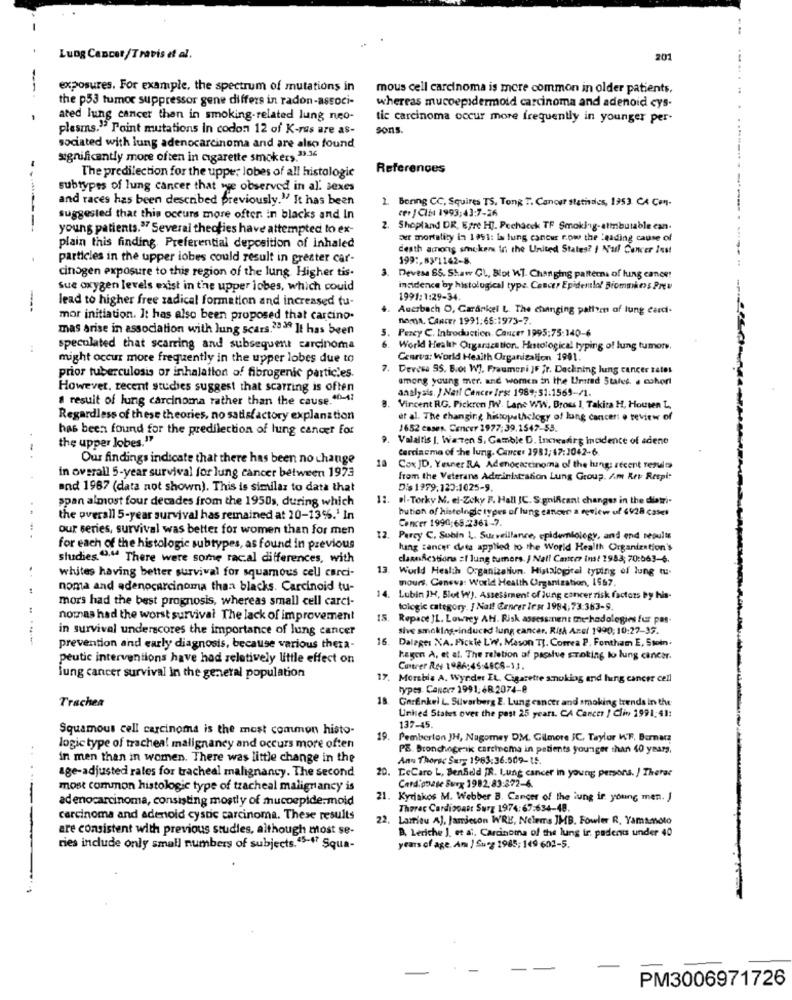
Lung Cancer/Travis et al.
201
exposures. For example, the spectrum of mutations in
mous cell carcinoma is more common in older patients,
the p53 tumor suppressor gene differs in radon-associ-
whereas mucoepidermoid carcinoma and adenoid cys-
ated lung cancer then in smoking-related lung neo-
tic carcinoma occur more frequently in younger per-
plasms." Paint mutations In codon 12 of K-ras are as-
sons.
sociated with lung adenocarcinoma and are also found
significantly more often in cigarette smokers.33-34
References
The predilection for the upper lobes of all histologic
subtypes of lung cancer that we observed in al. sexes
and races has been described previously." It has been
1. Boning CC, Squires TS, Tong T. Cancer stativdies, 1953. CA Con.
cer / CIN 1993;43:7-26
suggested that this occurs more ofter. in blacks and In
young patients."" Several theofies have attempted to ex-
2
Shopland DR. Epre Hj. Pechacek TF Smoking-attributable can.
-------
ær mortality in 1991: Is lung cancer row the leading cause of
plain this finding. Preferential deposition of inhaled
death among smokers in the United States? / Nul Concer Inst
particles in the upper lobes could result in greater car-
199 :, 63/1142-8.
cinogen exposure to this region of the lung Higher tis.
3.
Devesa 6S. Shaw CL, Blot WT. Changing patterns of lung cance!
sue oxygen levels mist in the upper jobes, which could
incidence by histological type. Cancer Epidentlo! Biommiens Prev
lead to higher free radical formation and increased tu-
1991:1:29-34.
--
Auerbach D, Garankel L. The changing pattern of lung card-
mor initiation. It has also been proposed that carcino.
nomA, CARTE? 1991.65:1973-7.
mas arise in association with lung scars.2039 It has been
Percy C. Introduction. Cancer 1995:75:140-6
..
speculated that scarring and subsequent carcinoma
World Health Organization. Histological typing of lung tumor.
might occur more frequently in the upper lobes due to
Cenrvs: World Health Organization 1991.
7. Derosa 95. B.o: WJ. Fraumeri )F jr. Deckning lung cancer rates
prior tuberculosis or inhalation of fibrogenic particles.
among young mer. and women in the Umtad States. . cohort
However, recent studies suggest that scarring is often
analysis. } Natt Cancer Irs: 1989:51:1569-/1.
I result of lung carcinoma rather than the cause."-47
Vincent RG. Pickren /W. Lane WW, Brous I. Takita H, Houten L,
Regardless of these theories, no satisfactory explanation
et al. The changing histopathology of lung cancer o review of
has been found for the predilection of lung cancer for
1652 cases. Concur 1977:39.1547-55.
the upper lobes."
Valaitis J. Warren S, Gamble D. Increasing Incidence of adene
Carcinema of the lung. Cancer 1981; 47:2042-6.
Our findings indicate that there has been no change
Cox JD, Yeuner RA Adenocarcinoma of the lung: recent rezul
in overall 5-year survival for lung cancer between 1973
from the Veterans Administration Lung Group. Am Kev Retpi
and 1967 (data not shown). This is similar to data that
Dis 1979.120:1025-9.
span almost four decades from the 1950s, during which
11. el-Torky M. el-Zcky F. Hall IC. Significant changes in the diatri-
bution of histelogic types of lung cancer a review of 6928 case!
the overall 5-year survival has remained at 20-13%.' In
Concer 1990;65.2361 -7.
our series, survival was better for women than for men
....
12.
Percy C. Subin 1 ,. Surveillance, epidemiology, and end results
for each of the histologic subtypes, as found in previous
lung cancer data applied to the World Health Organization's
studies ",44 There were some racal differences, with
clasefestiona #I lung tumors. | Nail Concer ins! 1983; 70:063-6.
13.
World Health Organization. Histalogical typing of lung tu.
whites having better survival for squamous cell carci-
mours. Ceneva: World Health Organization, 1567.
noma and adenocarcinoma than blacks. Carcinoid tu-
14.
mors had the best prognosis, whereas small cell carci-
Lubin IM, Blut WJ. Assessment of lung cancer risk factors by his-
tologic category. ] Nal! Cencer Irsr 1984,73:383-9.
nomas had the worst survival The lack of improvement
15.
Ropace JL. Lowrey AH. Risk assessment the hadologies fur pas
. ....
in survival underscores the importance of lung cancer
sive smoking-induced lung cancer. Risk Azel 1990; 10:27-35.
16.
Dalage: NA. Fickte Lw. Mason TJ. Correa P, Fontham E, Stoin.
prevention and early diagnosis, because various theza-
peutic interventions have had relatively little effect on
hagen A, et al. The relation af passive sTaking lo lung cancer.
Contrer Res 1986:45:48CS-11.
lung cancer survival In the general population
17. Morabis A. Wyrder EL. Cigarette smoking and hing cancer cell
types. Canecz 1991: 68.2074-8
18. GarEnkel L. Silvarberg E. Lung cancer and smoking trends in the
18
Trachea
United States over the past 25 years. CA Cancer ! Clin 1991:41:
Squamous cell carcinoma is the most common histo-
137-45.
19. Pemberton JH, Nagomey DM. Gilmore JC, Taylor WF, Bernara
logic type of trachea! malignancy and occurs more often
PE. Bronchogenk carcinoma in patients younger than 40 years,
in men than in women. There was little change in the
Ann Thorsc Surg 1983:36:509-15.
20.
LeCaro L, Benfield JR. Lung cancer in young persons. / Theras
age-adjusted rales for tracheal malignancy. The second
most common histologic type of tzacheal malignancy is
Cardipbase Surx 1982.83:372-6
adenocarcinoma, consisting mostly of mucoepide.moid
21. Kyriakos M. Webber B. Cancer of the lung ir young men. J
Therec Cardiogast Surg 1974:67:634-48.
.----
carcinoma and adenoid cystic carcinoma. These results
22. Larrieu AJ, Jarriecon WRE, Nelems IMB. Fowler R. Yamamoto
are consistent with previous studies, although most se-
B. Leriche J. et al. Carcinoma of the lung ir. padents under 40
ries include only small numbers of subjects.45-47 Squa-
years of age. Am J Surg 1985; 149 602-5.
PM3006971726